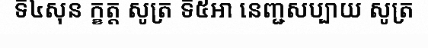
ទី៤សុន ក្ខត្ត សូត្រ ទី៥អា នេញ្ជសប្បាយ សូត្រ